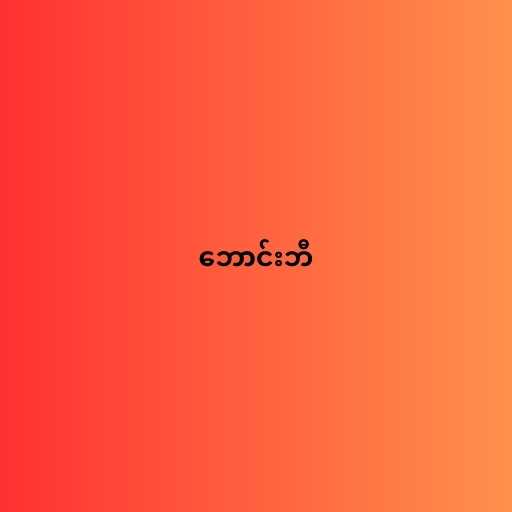
ဘောင်းဘီ